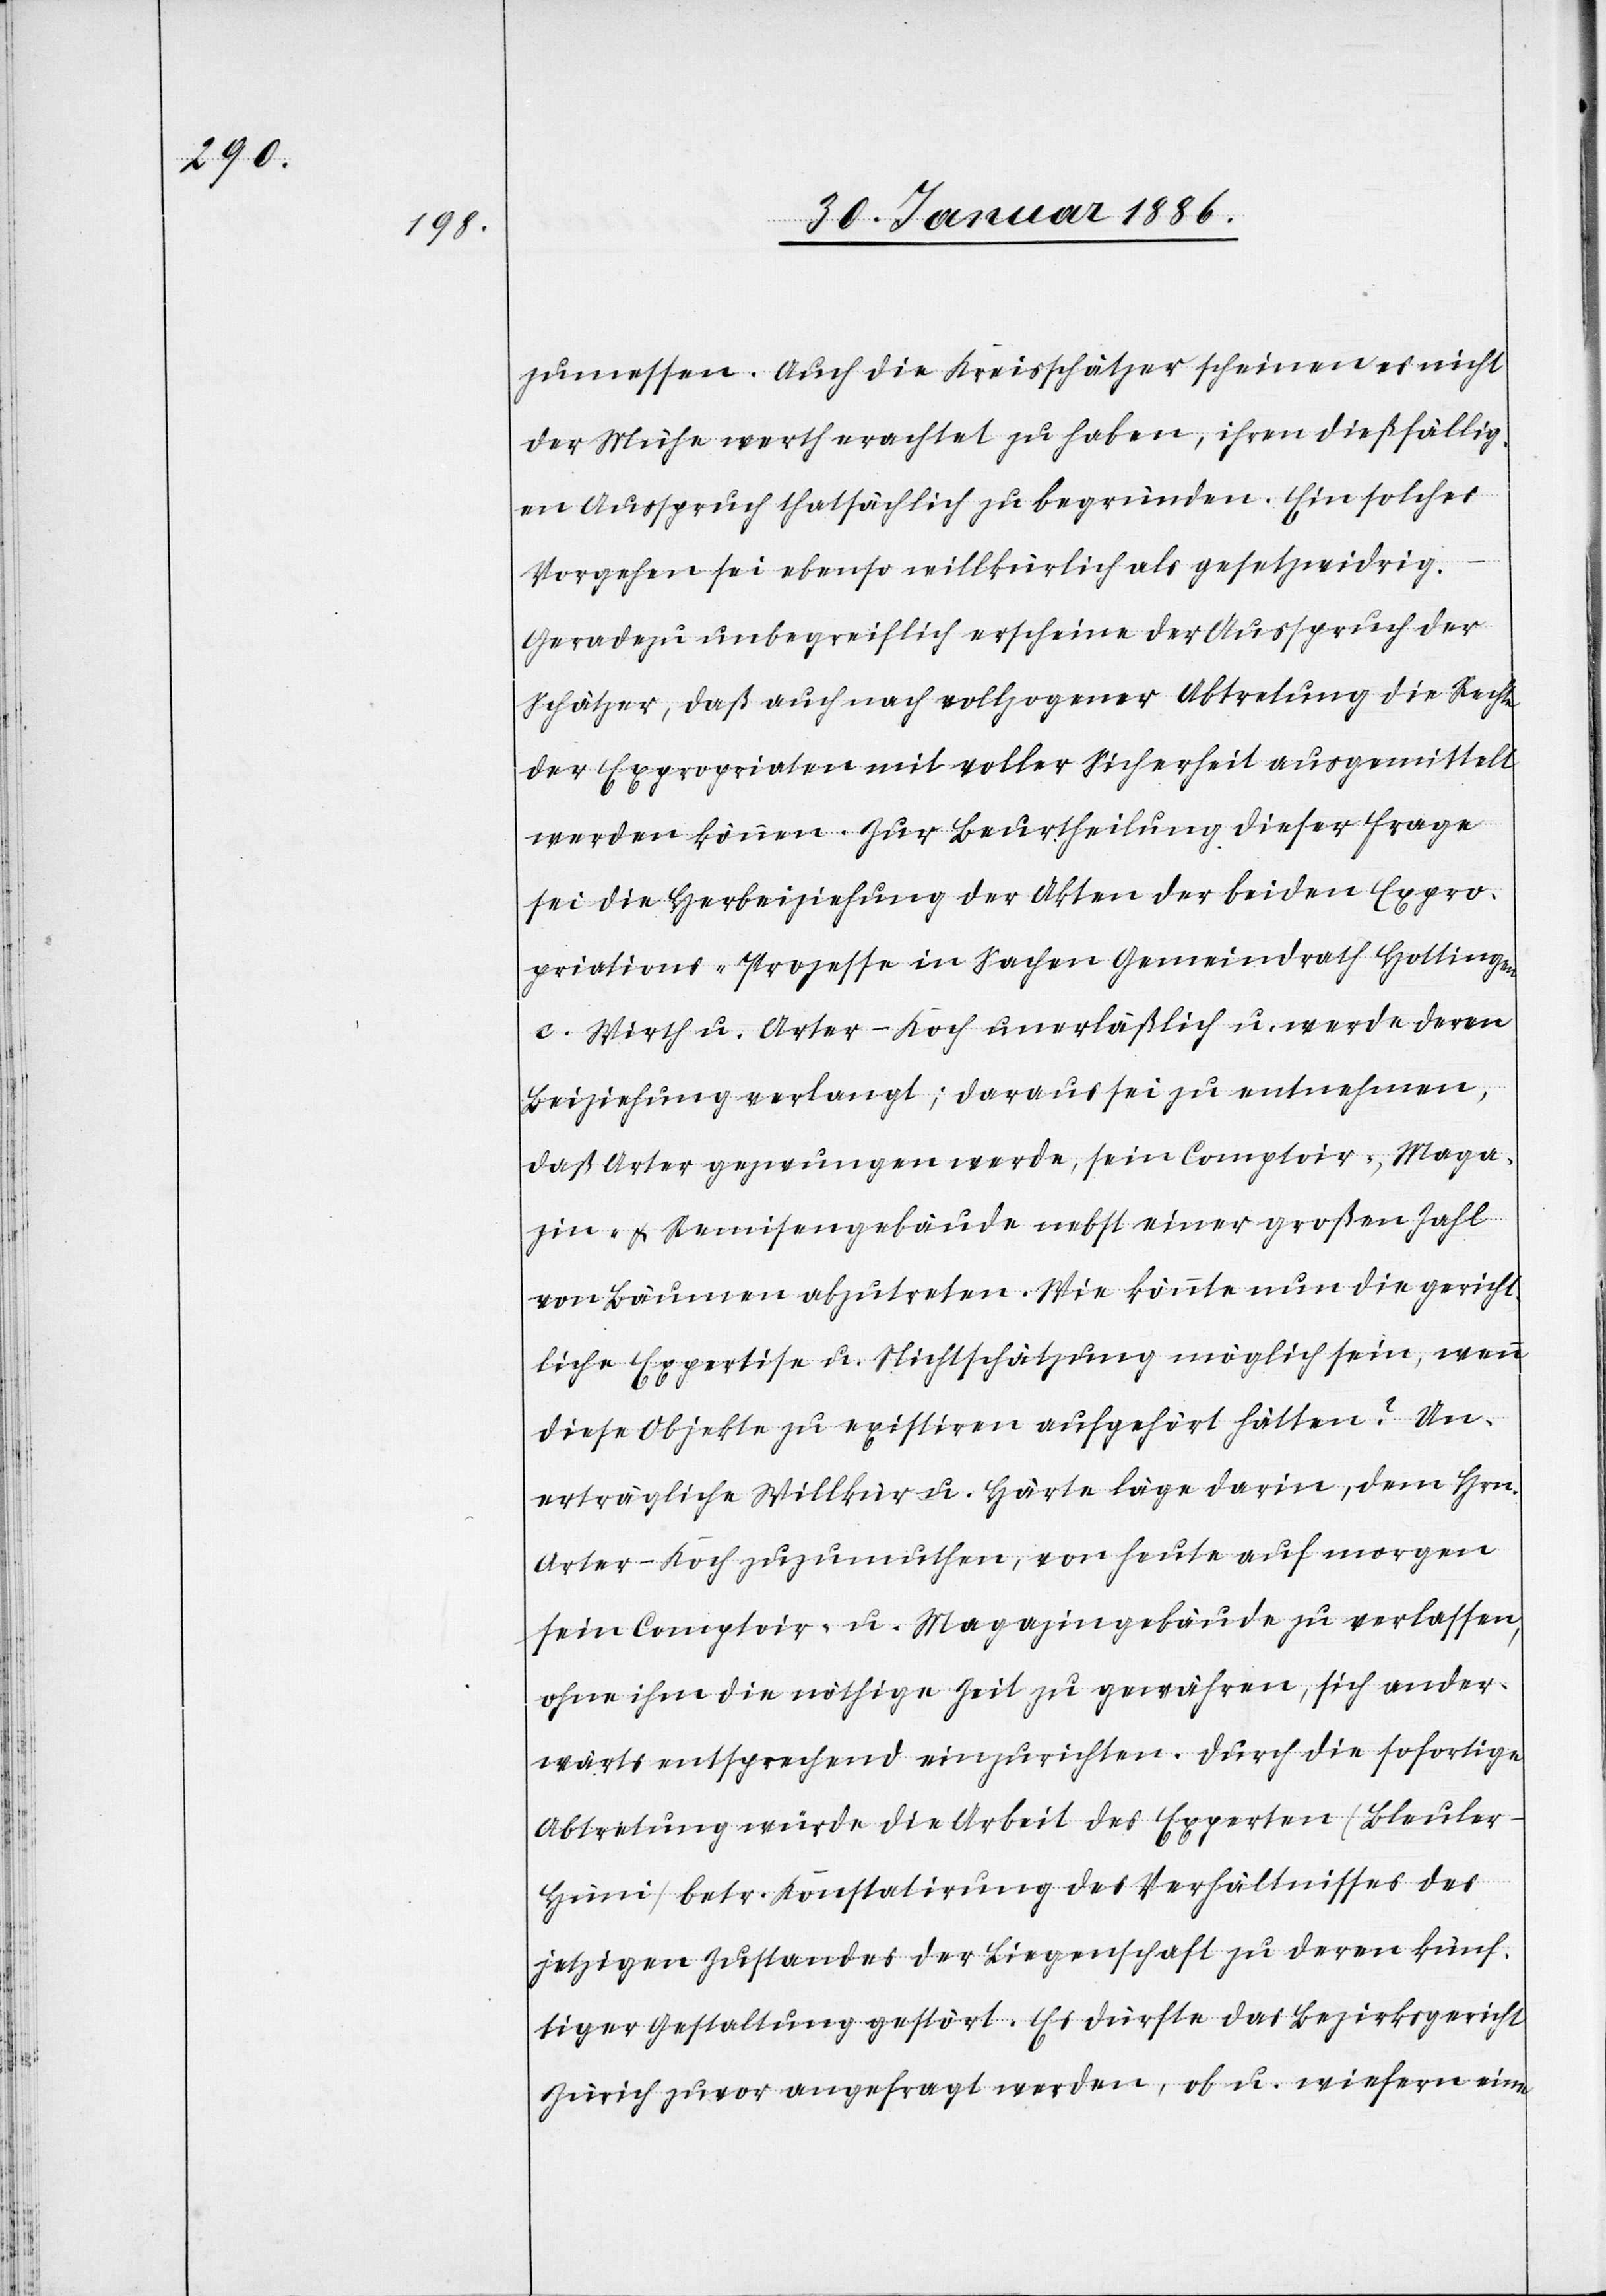
zumessen. Auch die Kreisschätzer scheinen es nicht
der Mühe werth erachtet zu haben, ihren dießfällig¬
en Ausspruch thatsächlich zu begründen. Ein solches
Vorgehen sei ebenso willkürlich als gesetzwidrig.
Geradezu unbegreiflich erscheine der Ausspruch der
Schätzer, daß auch nach vollzogener Abtretung die Rechte
der Expropriaten mit voller Sicherheit ausgemittelt
werden können. Zur Beurtheilung dieser Frage
sei die Herbeiziehung der Akten der beiden Expro¬
priations-Prozesse in Sachen Gemeindrath Hottingen
c. Wirth u. Arter-Koch unerläßlich u. werde deren
Beiziehung verlangt; daraus sei zu entnehmen,
daß Arter gezwungen werde, sein Comptoir-, Maga¬
zin- & Remisengebäude nebst einer großen Zahl
von Bäumen abzutreten. Wie könnte nun die gericht¬
liche Expertise u. Nichtschätzung möglich sein, wenn
diese Objekte zu existieren aufgehört hätten? Un¬
erträgliche Willkür u. Härte läge darin, dem Hrn.
Arter-Koch zuzumuthen, von heute auf morgen
sein Comptoir- u. Magazingebäude zu verlassen,
ohne ihm die nöthige Zeit zu gewähren, sich ander¬
wärts entsprechend einzurichten. Durch die sofortige
Abtretung würde die Arbeit des Experten (Bleule¬
r-Hüni) betr. Konstatirung des Verhältnisses des
jetzigen Zustandes der Liegenschaft zu deren künf¬
tiger Gestaltung gestört. Es dürfte das Bezirksgericht
Zürich zuvor angefragt werden, ob u. wiefern eine